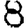
Digit: 8